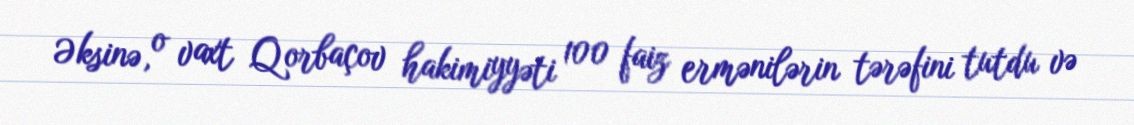
Əksinə, o vaxt Qorbaçov hakimiyyəti 100 faiz ermənilərin tərəfini tutdu və